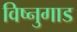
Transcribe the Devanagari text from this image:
विष्नुगाड